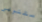
ستتولى